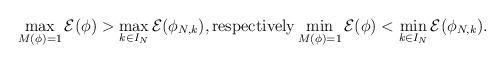
LaTeX: \begin{align*}\max_{M(\phi)=1} \mathcal{E}(\phi) > \max_{k\in I_N}\mathcal{E} (\phi_{N,k}), \mbox{respectively} \min_{M(\phi)=1} \mathcal{E}(\phi) < \min_{k\in I_N} \mathcal{E}(\phi_{N,k}).\end{align*}